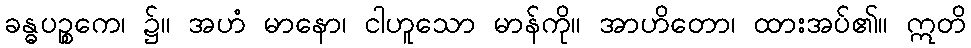
ခန္ဓပဉ္စကေ၊ ၌။ အဟံ မာနော၊ ငါဟူသော မာန်ကို။ အာဟိတော၊ ထားအပ်၏။ ဣတိ